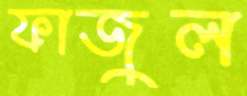
ফাজুল